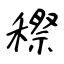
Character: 穄